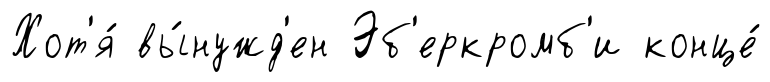
Хот'я́ вы́нужд'ен Эб'еркромб'и конце́